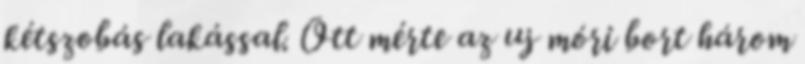
kétszobás lakással. Ott mérte az uj móri bort három